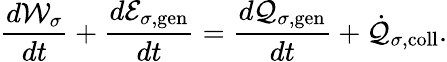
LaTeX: \frac{d{\cal W}_{\sigma}}{dt}+\frac{d{\cal E}_{\sigma,\mathrm{gen}}}{dt}=\frac{d{\cal Q}_{\sigma,\mathrm{gen}}}{dt}+\dot{{\cal Q}}_{\sigma,\mathrm{coll}}.